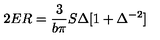
2 E R = \frac { 3 } { b \pi } S \Delta [ 1 + \Delta ^ { - 2 } ]